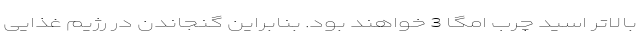
بالاتر اسید چرب امگا 3 خواهند بود. بنابراین گنجاندن در رژیم غذایی